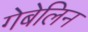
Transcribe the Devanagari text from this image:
गेबेलिन